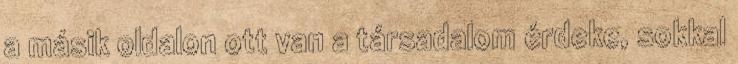
a másik oldalon ott van a társadalom érdeke, sokkal